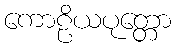
ကောဠိယပုတ္တော